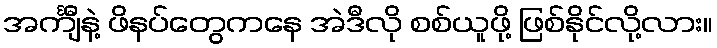
အင်္ကျီနဲ့ ဖိနပ်တွေကနေ အဲဒီလို စစ်ယူဖို့ ဖြစ်နိုင်လို့လား။